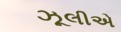
ઝૂલીએ